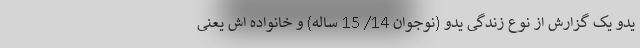
یدو یک گزارش از نوع زندگی یدو (نوجوان 14/ 15 ساله) و خانواده اش یعنی